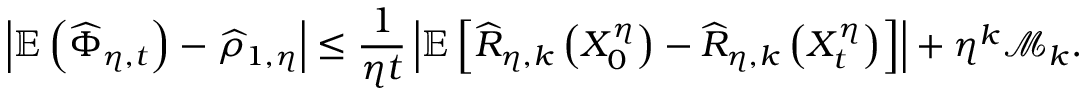
\left| \mathbb { E } \left( \widehat { \Phi } _ { \eta , t } \right) - \widehat { \rho } _ { 1 , \eta } \right| \leq \frac { 1 } { \eta t } \left| \mathbb { E } \left[ \widehat { R } _ { \eta , k } \left( X _ { 0 } ^ { \eta } \right) - \widehat { R } _ { \eta , k } \left( X _ { t } ^ { \eta } \right) \right] \right| + \eta ^ { k } \mathcal { M } _ { k } .